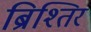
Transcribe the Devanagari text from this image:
ब्रिश्तिर